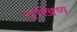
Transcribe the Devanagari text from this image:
दखिण